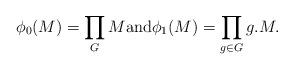
LaTeX: \begin{align*}\phi_0(M)=\prod_G M \mathrm{and}\phi_1(M)=\prod_{g\in G}g.M.\end{align*}